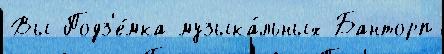
Вы Подз'е́мка музыка́льных Банторп